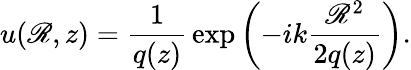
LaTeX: u(\mathscr{R},z)={\frac{{1}}{{q(z)}}}\exp\left(-ik{\frac{{\mathscr{R}^{2}}}{{2q(z)}}}\right).